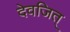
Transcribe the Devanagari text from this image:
देवजित्‌